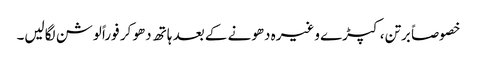
خصوصاً برتن، کپڑے وغیرہ دھونے کے بعد ہاتھ دھو کر فوراً لوشن لگالیں۔